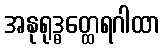
အနုရုဒ္ဓတ္ထေရဂါထာ